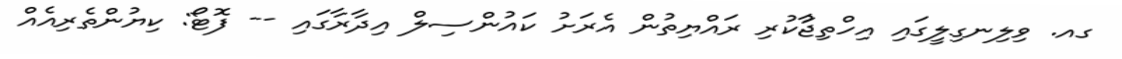
ގއ. ވިލިނގިލީގައި އިހްތިޖާުކުރި ރައްޔިތުން އެރަށު ކައުންސިލް އިދާރާގައި -- ފޮޓޯ: ކިޔުންތެރިއެއް